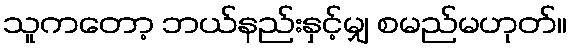
သူကတော့ ဘယ်နည်းနှင့်မျှ စမည်မဟုတ်။